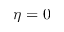
\eta = 0